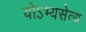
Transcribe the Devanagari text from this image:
योऽभ्यसेत्य